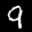
Label: 9